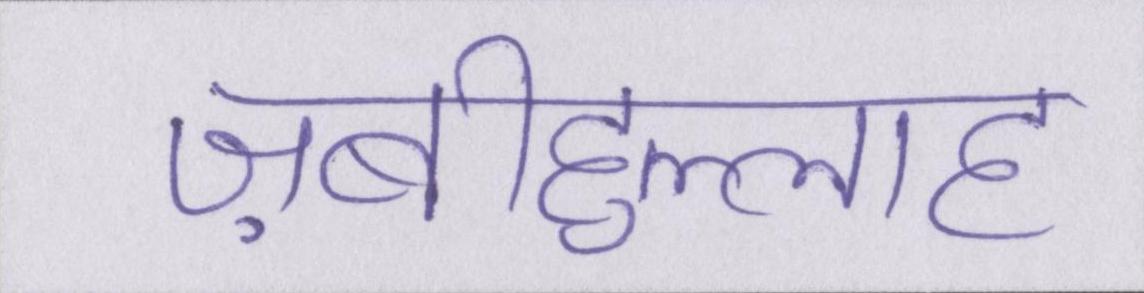
ज़बीहुल्लाह